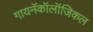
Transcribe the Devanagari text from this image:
गायनॅकॉलॉजिकल